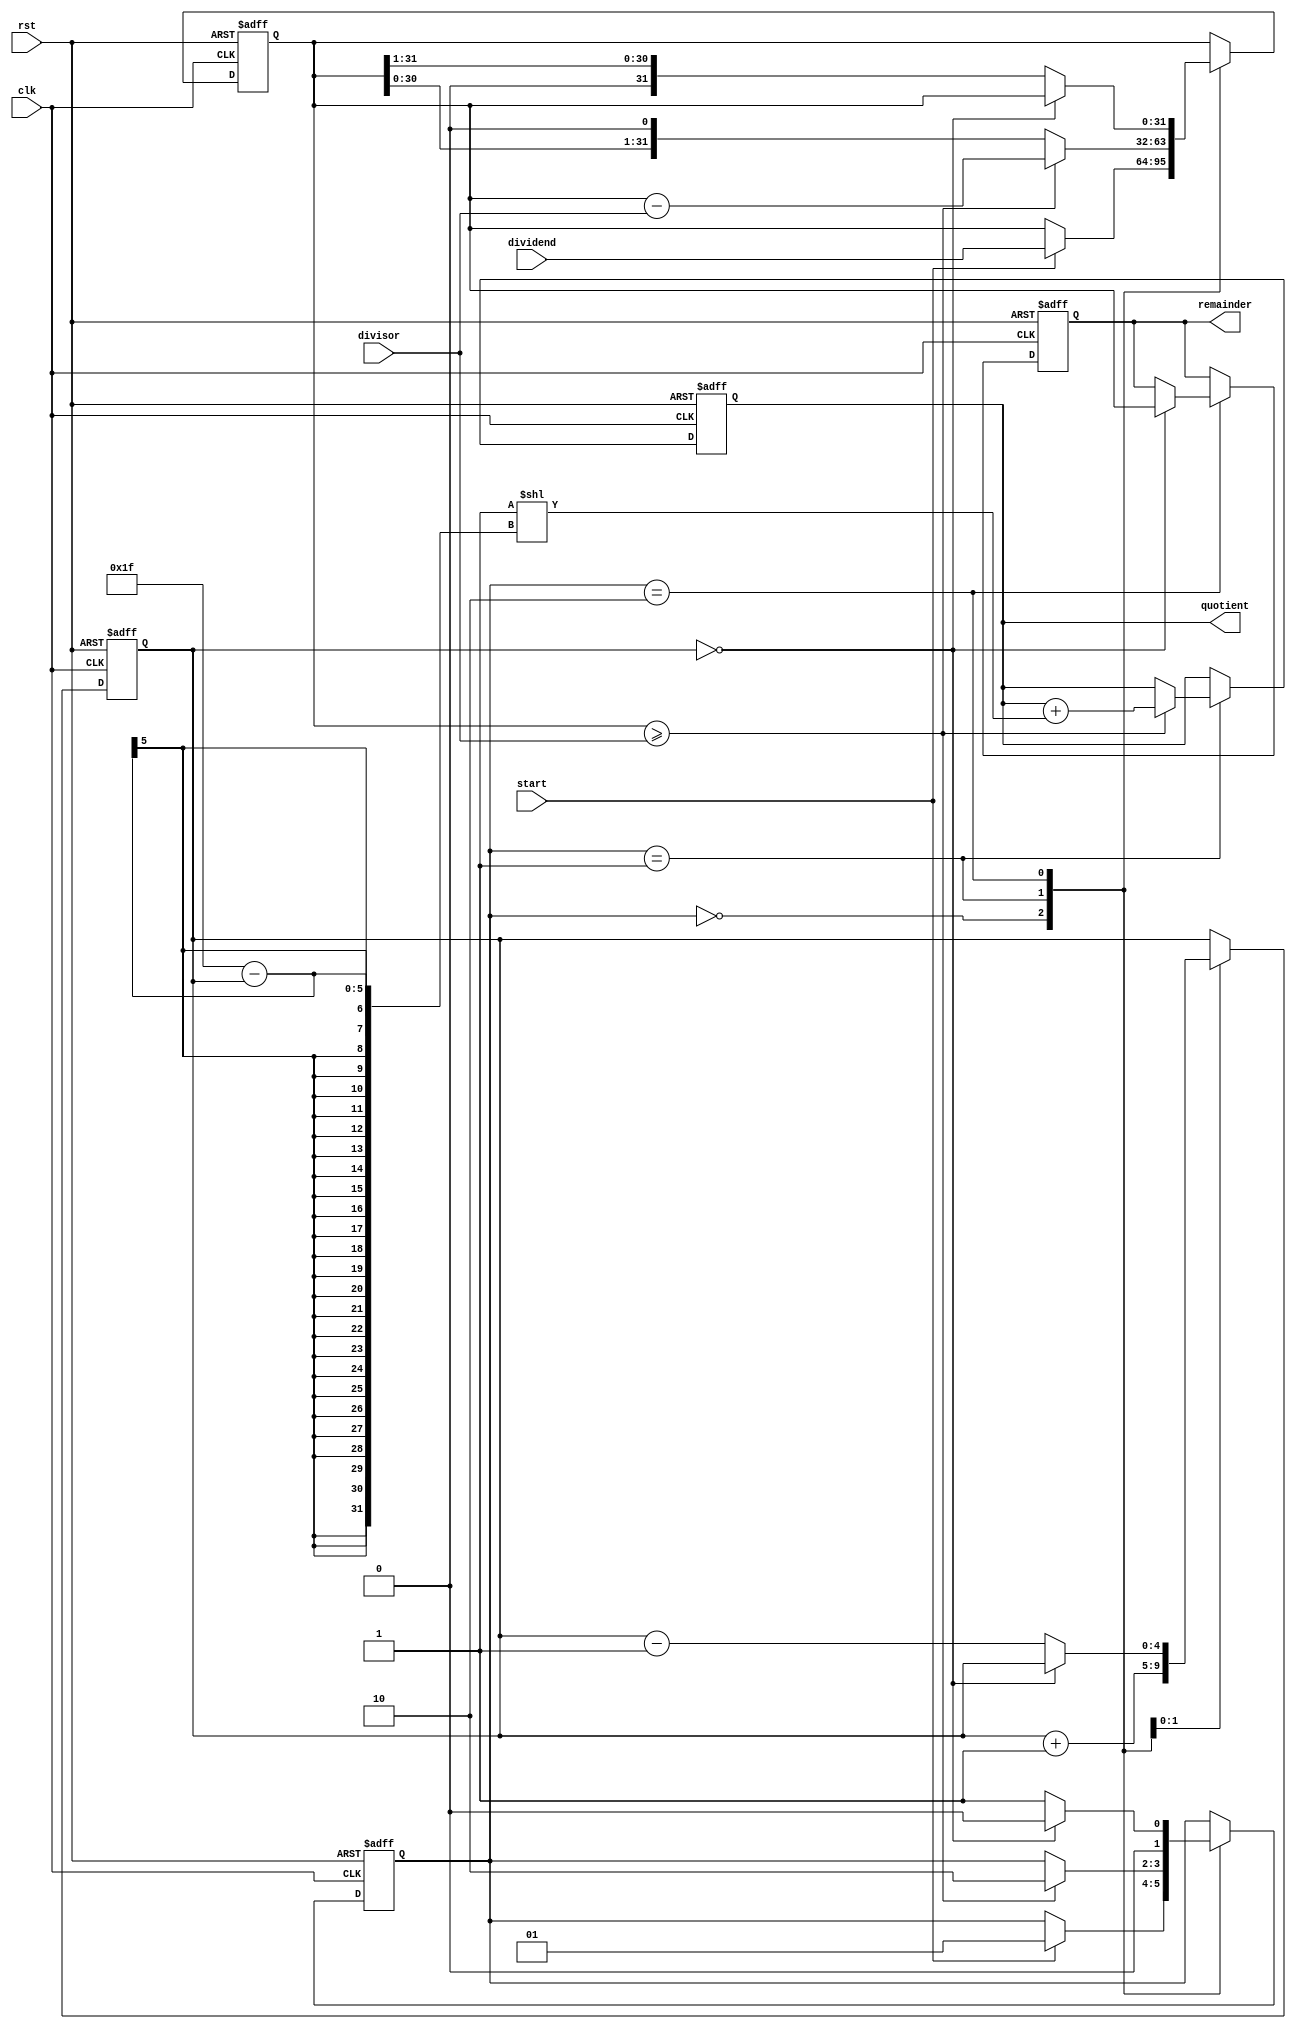
module Shift_and_Subtract_Divider (
    input wire clk,
    input wire rst,
    input wire start,
    input wire [31:0] dividend,
    input wire [31:0] divisor,
    output reg [31:0] quotient,
    output reg [31:0] remainder
);

reg [31:0] shift_reg;
reg [4:0] shift_count;
reg [1:0] state;

parameter IDLE = 2'b00;
parameter SHIFTING = 2'b01;
parameter SUBTRACTING = 2'b10;

always @(posedge clk or posedge rst) begin
    if (rst) begin
        shift_reg <= 32'b0;
        shift_count <= 5'b0;
        quotient <= 32'b0;
        remainder <= 32'b0;
        state <= IDLE;
    end else begin
        case (state)
            IDLE: begin
                if(start == 1) begin
                    shift_reg <= dividend;
                    state <= SHIFTING;
                end
            end
            SHIFTING: begin
                shift_reg <= shift_reg << 1;
                shift_count <= shift_count + 1;
                if (shift_reg >= divisor) begin
                    shift_reg <= shift_reg - divisor;
                    quotient <= quotient + (1 << (31 - shift_count));
                    state <= SUBTRACTING;
                end
            end
            SUBTRACTING: begin
                if (shift_count == 0) begin
                    remainder <= shift_reg;
                    state <= IDLE;
                end else begin
                    shift_reg <= shift_reg >> 1;
                    shift_count <= shift_count - 1;
                    state <= SHIFTING;
                end
            end
        endcase
    end
end

endmodule